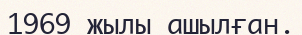
1969 жылы ашылған.